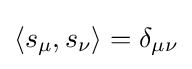
\langle s_{\mu },s_{\nu }\rangle =\delta _{\mu \nu }